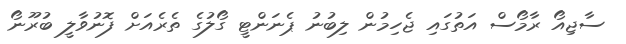
ސާޖިއޯ ރާމޯސް އަތުގައި ޖެހިމުން ލިބުނު ޕެނަންޓީ ގޯލުގެ ތެރެއަށް ފޮނުވާލީ ބުރޫނޯ